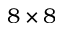
8 \times 8